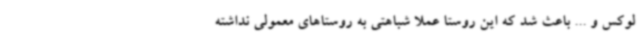
لوکس و ... باعث شد که این روستا عملا شباهتی به روستاهای معمولی نداشته